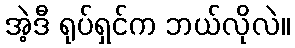
အဲ့ဒီ ရုပ်ရှင်က ဘယ်လိုလဲ။